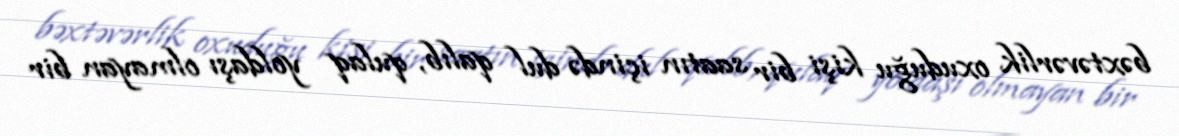
bəxtəvərlik oxuduğu kişi bir saatın içində dul qalıb, qulaq yoldaşı olmayan bir